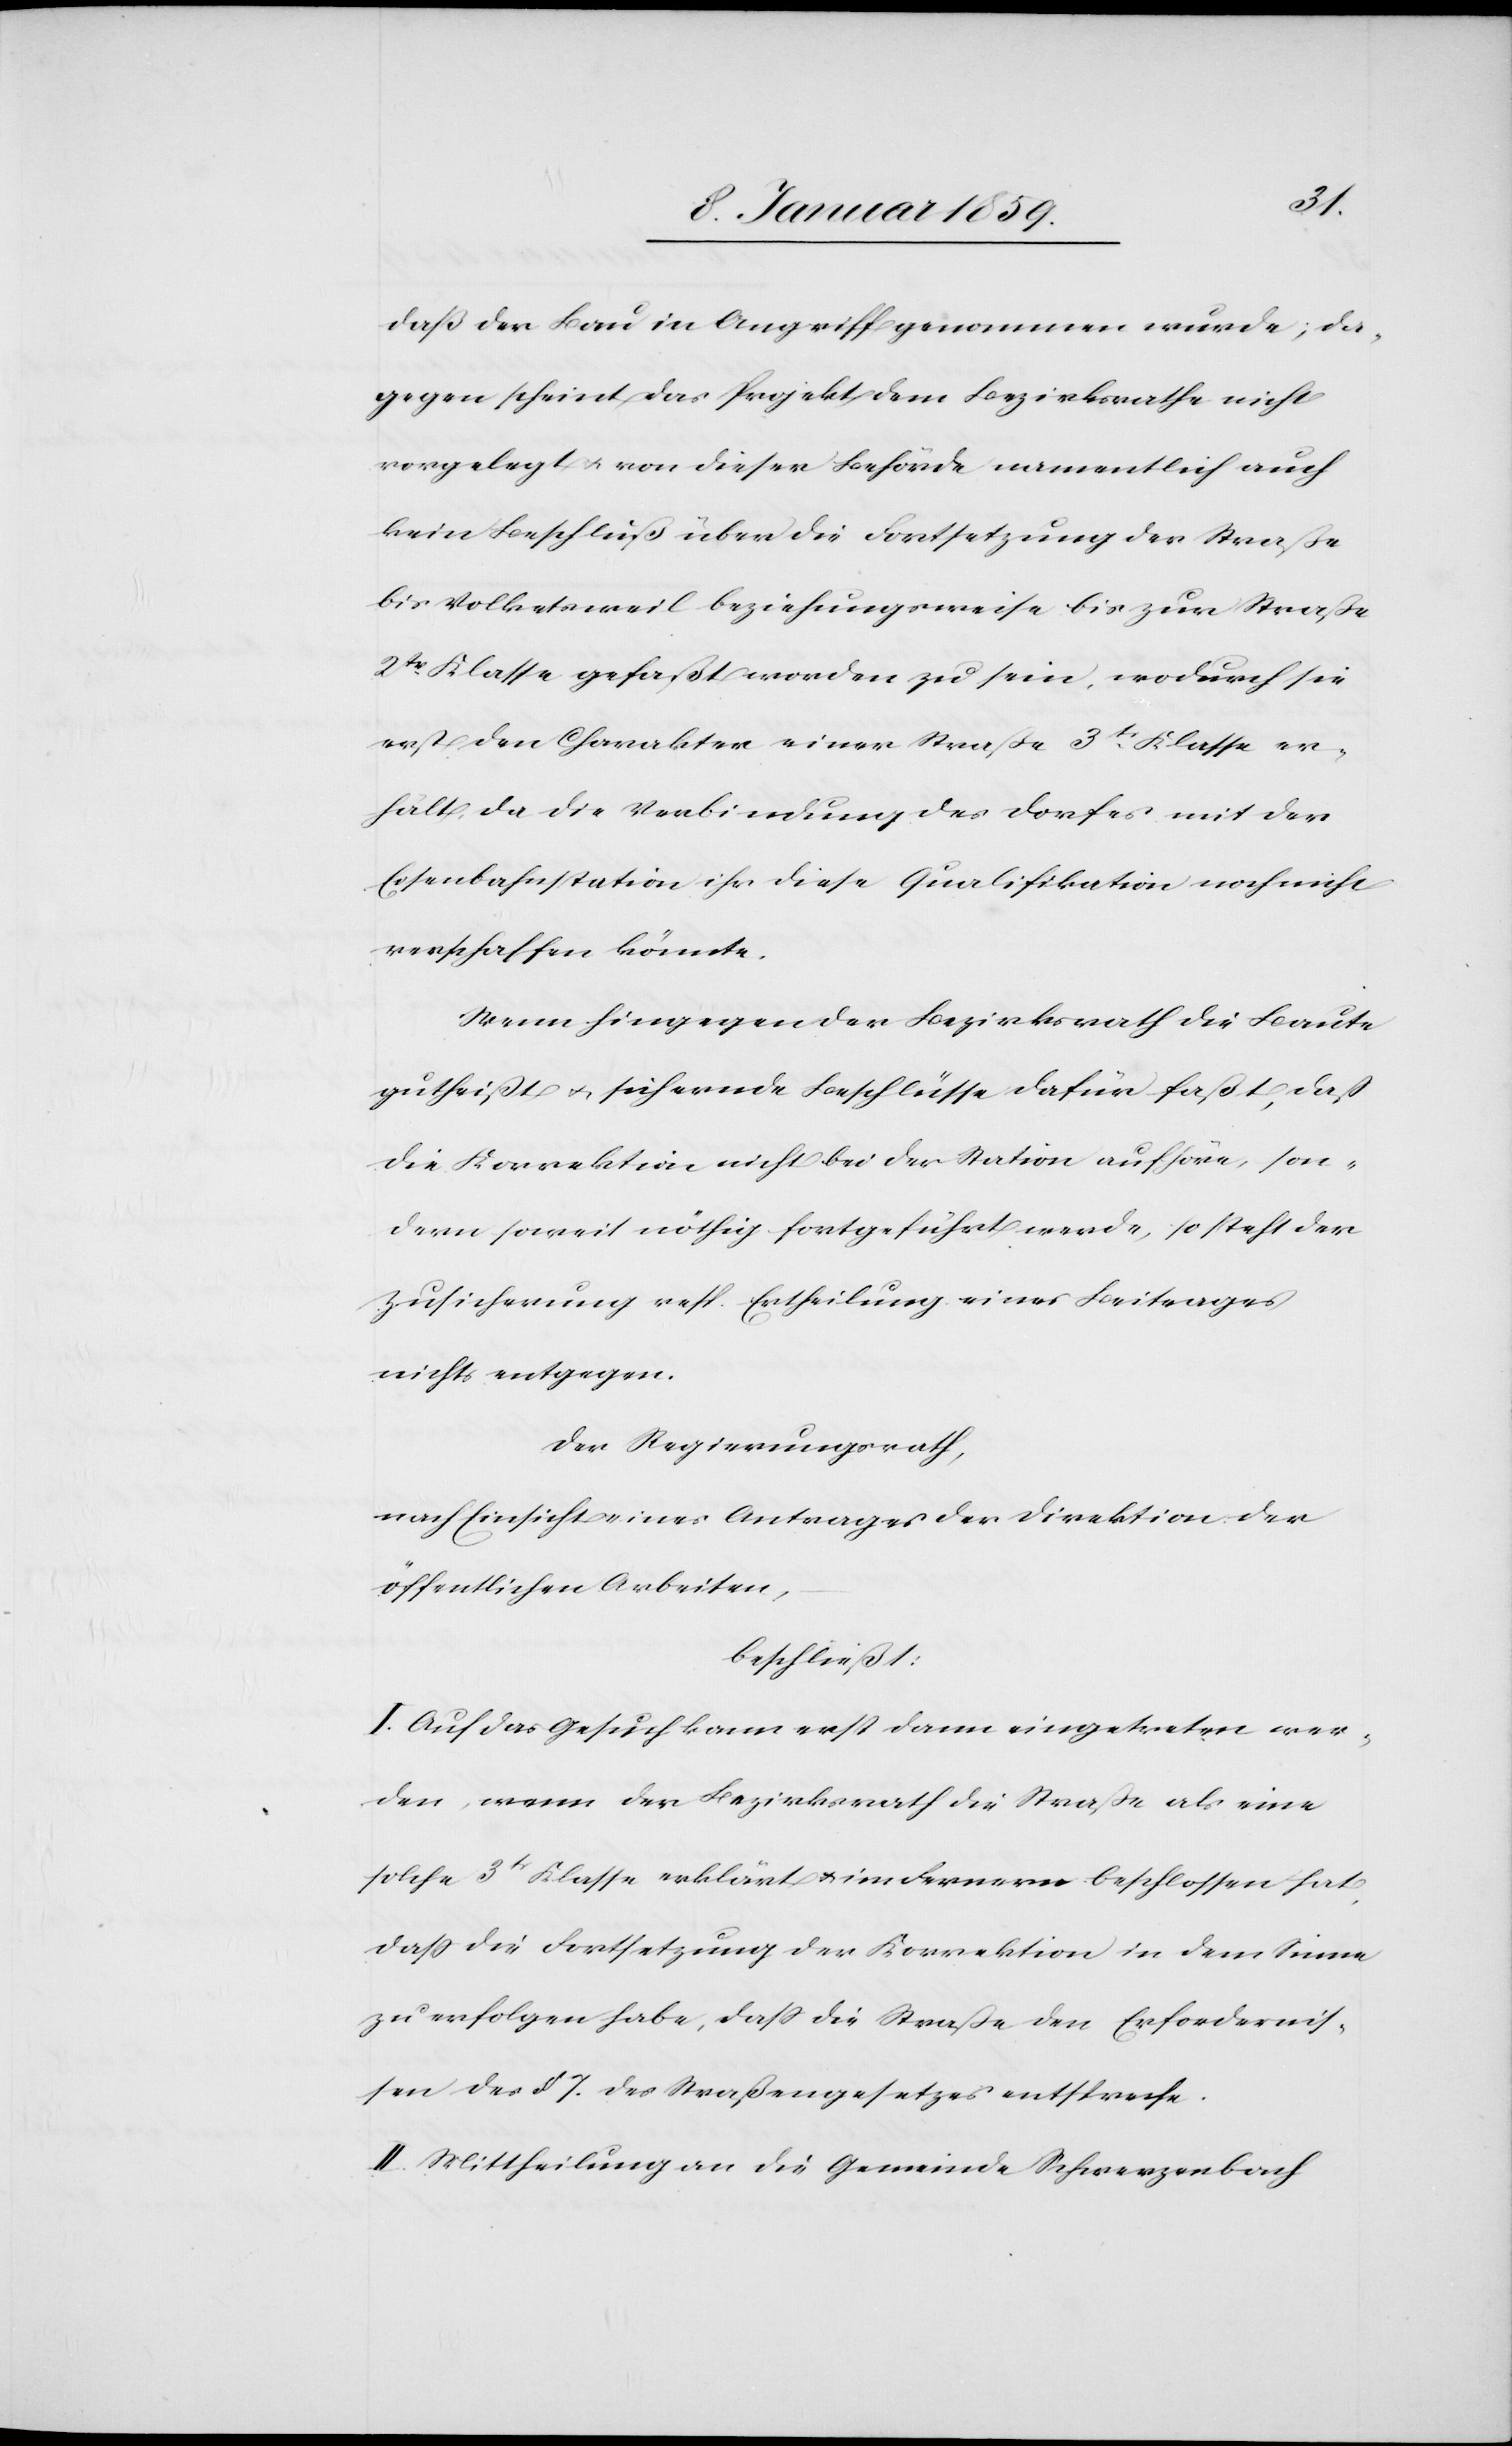
daß der Bau in Angriff genommen wurde; da¬
gegen scheint das Projekt dem Bezirksrath nicht
vorgelegt u. von dieser Behörde namentlich auch
kein Beschluß über die Fortsetzung der Straße
bis Volketsweil beziehungsweise bis zur Straße
2tr. Klasse gefaßt worden zu sein, wodurch sie
erst den Charakter einer Straße 3tr. Klasse er¬
hält, da die Verbindung des Dorfes mit der
Eisenbahnstation ihr diese Qualifikation noch nicht
verschaffen könnte.
Wenn hingegen der Bezirksrath die Baute
gutheißt u. sichernde Beschlüsse dafür faßt, daß
die Korrektion nicht bei der Station aufhöre, son¬
dern soweit nöthig fortgeführt werde, so steht der
Zusicherung resp. Ertheilung eines Beitrages
nichts entgegen.
Der Regierungsrath,
nach Einsicht eines Antrages der Direktion der
öffentlichen Arbeiten,
beschließt:
I. Auf das Gesuch kann erst dann eingetreten wer¬
den, wenn der Bezirksrath die Straße als eine
solche 3tr Klasse erklärt u. im fernern beschlossen hat,
daß die Fortsetzung der Korrektion in dem Sinne
zu erfolgen habe, daß die Straße den Erfordernis¬
sen des § 7. des Straßengesetzes entspreche.
II. Mittheilung an die Gemeinde Schwerzenbach